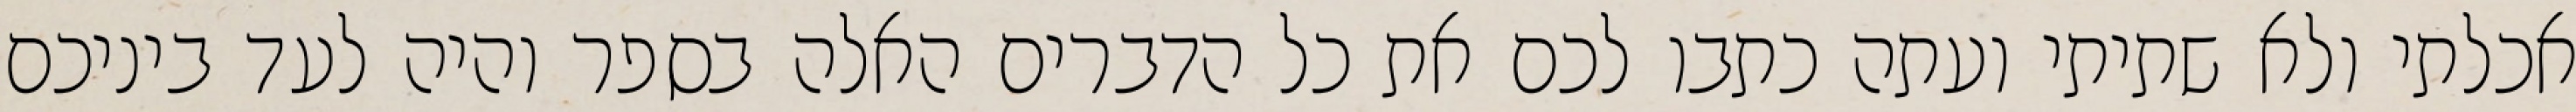
אכלתי ולא שתיתי ועתה כתבו לכם את כל הדברים האלה בספר והיה לעד ביניכם